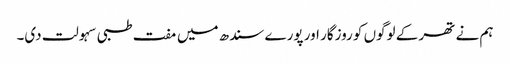
ہم نے تھر کے لوگوں کو روزگار اور پورے سندھ میں مفت طبی سہولت دی۔